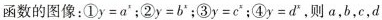
函数的图像：①y=a^{x}；②y=b^{x}；③y=c^{x}；④y=d^{x}，则a，b，c，d